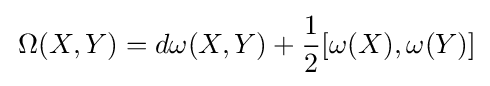
\,\Omega (X,Y)=d\omega (X,Y)+{1 \over 2}[\omega (X),\omega (Y)]